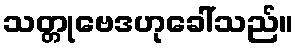
သတ္တုဗေဒဟုခေါ်သည်။